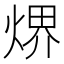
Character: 𤋽